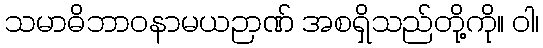
သမာဓိဘာဝနာမယဉာဏ် အစရှိသည်တို့ကို။ ဝါ၊